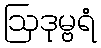
ဩဒုမ္ဗရံ